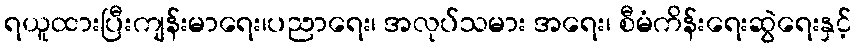
ရယူထားပြီးကျန်းမာရေး၊ပညာရေး၊ အလုပ်သမား အရေး၊ စီမံကိန်းရေးဆွဲရေးနှင့်